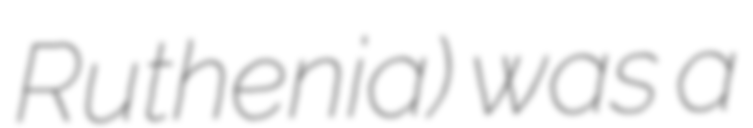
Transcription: Ruthenia) was a